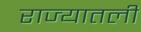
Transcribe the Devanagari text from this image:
राज्यातली